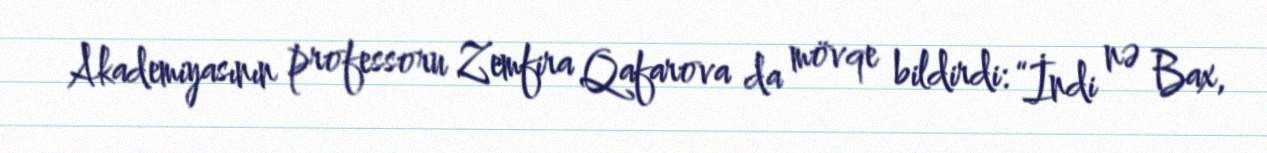
Akademiyasının professoru Zemfira Qafarova da mövqe bildirdi: “İndi nə Bax,